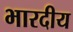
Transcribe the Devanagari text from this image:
भारदीय